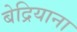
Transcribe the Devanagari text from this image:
बेद्रियाना